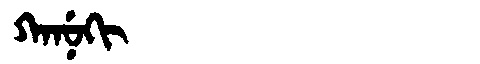
Manchu: ᡴᠠᠨᡠᡴᡳ
Romanization: KANUKI